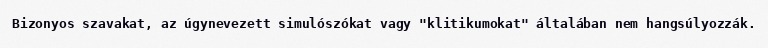
Bizonyos szavakat, az úgynevezett simulószókat vagy "klitikumokat" általában nem hangsúlyozzák.